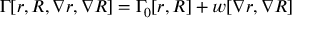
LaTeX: \Gamma [ r , R , \nabla r , \nabla R ] = \Gamma _ { 0 } [ r , R ] + w [ \nabla r , \nabla R ]